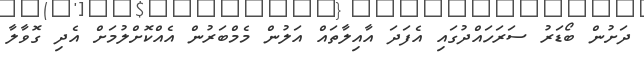
ދަށުން ބޯޑަރު ސަރަހައްދުގައި އެފަދަ އާއިލާތައް އަލުން މެމްބަރުން އެއްކޮށްލުމަށް އެދި ގޮވާލާ